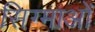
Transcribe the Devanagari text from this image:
सिग्माओं